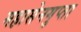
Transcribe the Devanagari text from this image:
महासेनगुप्ता